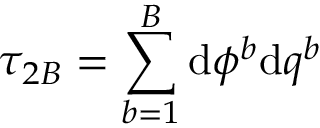
\tau _ { 2 B } = \sum _ { b = 1 } ^ { B } \mathrm { d } \phi ^ { b } \mathrm { d } q ^ { b }